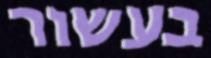
בעשור